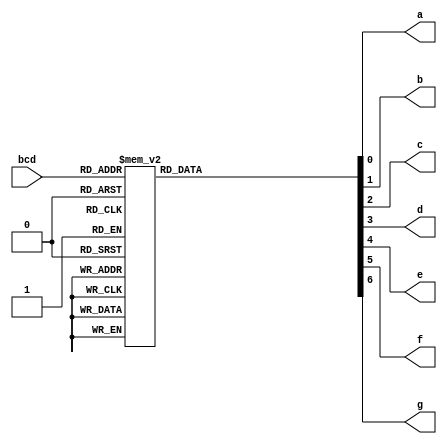
/**************************************************************************************
*	Description
*		This is a BCD to 7 segments in table way 
*		1.0
*	Author:
*		Ing. Flix Godoy Martnez
*	Date:
*		03/07/20
***************************************************************************************/

module BCD_to_7seg_2
(
	// Input Ports
	input [3 : 0] bcd,
	
	// Output Ports
	output a, b, c, d, e, f, g
	
);

reg [7:0]bcd_reg;

always@(bcd) begin

	case(bcd)
		//                     g_fed_cba
		
		4'b0000 : bcd_reg = 7'b1_000_000;//0
		4'b0001 : bcd_reg = 7'b1_111_001;//1
		4'b0010 : bcd_reg = 7'b0_100_100;//2
		4'b0011 : bcd_reg = 7'b0_110_000;//3
		4'b0100 : bcd_reg = 7'b0_011_001;//4
		4'b0101 : bcd_reg = 7'b0_010_010;//5
		4'b0110 : bcd_reg = 7'b0_000_010;//6
		4'b0111 : bcd_reg = 7'b1_111_000;//7
		4'b1000 : bcd_reg = 7'b0_000_000;//8
		4'b1001 : bcd_reg = 7'b0_011_000;//9
		4'b1010 : bcd_reg = 7'b0_001_000;//a
		4'b1011 : bcd_reg = 7'b0_000_011;//b
		4'b1100 : bcd_reg = 7'b1_000_110;//c
		4'b1101 : bcd_reg = 7'b0_100_001;//d
		4'b1110 : bcd_reg = 7'b0_000_110;//e
		4'b1111 : bcd_reg = 7'b0_001_110;//f
		
		default: bcd_reg = 8'b1111111;
	endcase
	
end

assign a = bcd_reg[0];
assign b = bcd_reg[1];
assign c = bcd_reg[2];
assign d = bcd_reg[3];
assign e = bcd_reg[4];
assign f = bcd_reg[5];
assign g = bcd_reg[6];

endmodule